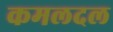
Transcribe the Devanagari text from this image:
कमलदल